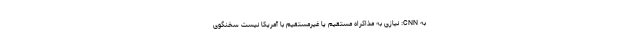
به CNN: نیازی به مذاکراه مستقیم یا غیرمستقیم با آمریکا نیست سخنگوی